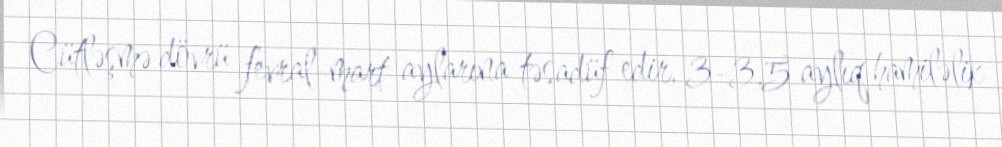
Cütləşmə dövrü fevral-mart aylarına təsadüf edir, 3-3.5 aylıq hamiləlik